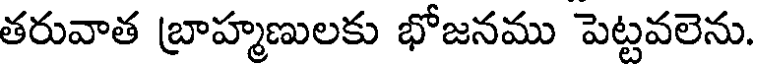
తరువాత బ్రాహ్మణులకు భోజనము పెట్టవలెను.